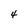
Character: 4